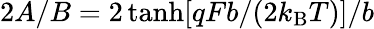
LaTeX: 2A/B=2\operatorname{tanh}[qFb/(2k_{\mathrm{B}}T)]/b